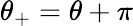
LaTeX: \theta_{+}=\theta+\pi